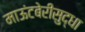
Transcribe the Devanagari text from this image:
माऊंटबेरीसुद्धा